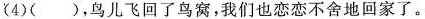
(4)()，鸟儿飞回了鸟窝，我们也恋恋不舍地回家了。